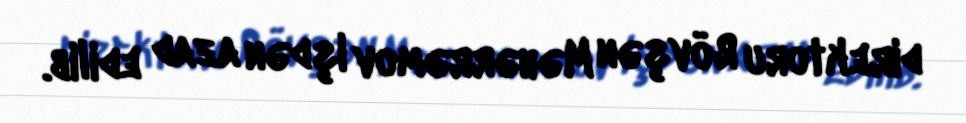
direktoru Rövşən Məhərrəmov işdən azad edilib.